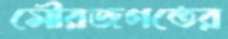
সৌরজগতের